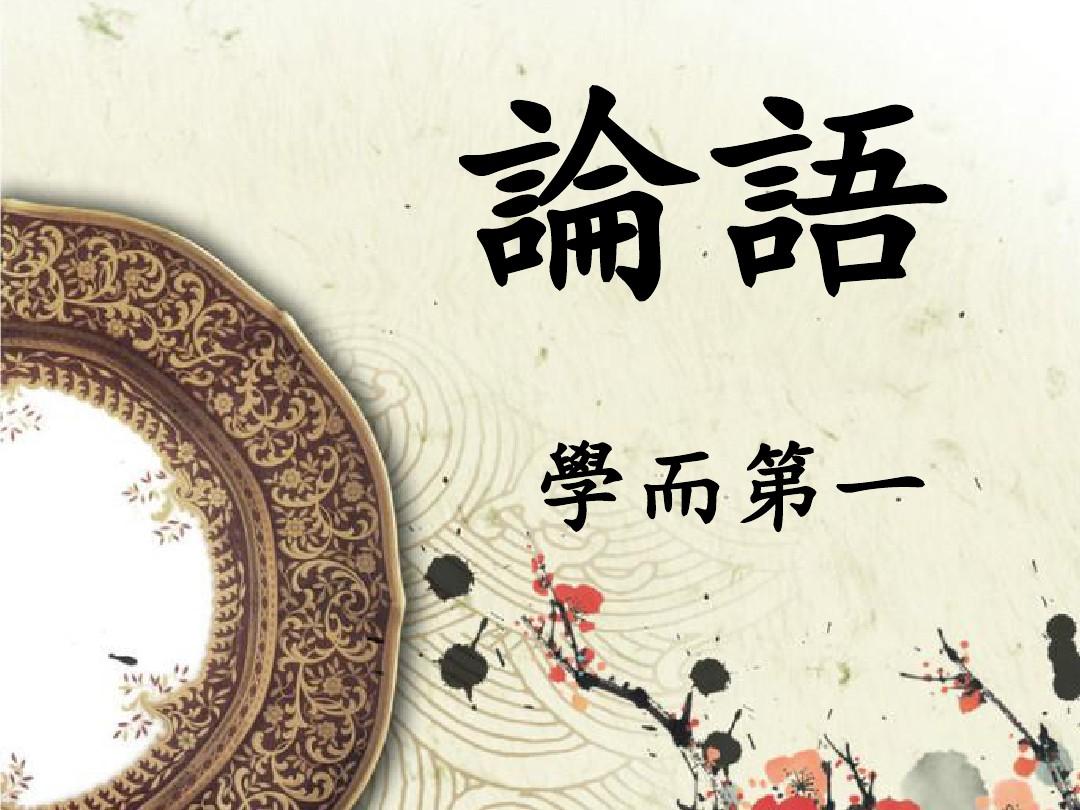
教人学而执有命，是犹命人葆而去其冠也。